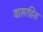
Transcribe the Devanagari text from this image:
वासरहित